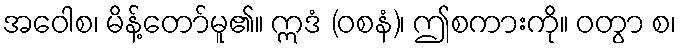
အဝေါစ၊ မိန့်တော်မူ၏။ ဣဒံ (ဝစနံ)၊ ဤစကားကို။ ဝတွာ စ၊